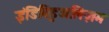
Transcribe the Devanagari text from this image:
इंडिविडुअलिज़म